On a parasite found in the white corpuscles of the blood of palm squirrels - Number 24
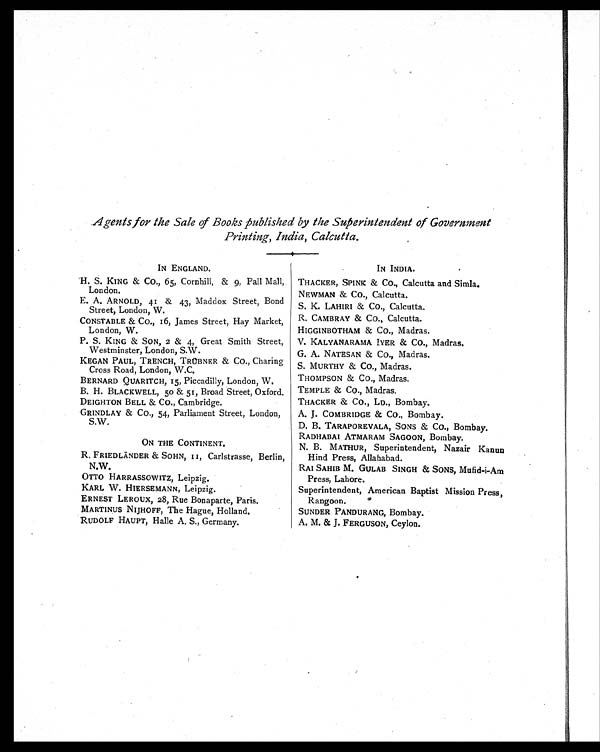
Agents for the Sale of Books published by the Superintendent of Government
Printing, India, Calcutta.
IN ENGLAND.
IN INDIA.
H. S. KING & CO., 65, Cornhill, & 9, Pall Mall,
London.
THACKER, SPINK & CO., Calcutta and Simla.
NEWMAN & CO., Calcutta.
E. A. ARNOLD, 41 & 43, Maddox Street, Bond
Street, London, W.
S. K. LAHIRI & C O . , C a l c u t t a .
CONSTABLE & CO., 16, James Street, Hay Market,
London, W.
R. CAMBRAY & CO., Calcutta.
HIGGINBOTHAM & CO., Madras.
P. S. KING & SON, 2 & 4, Great Smith Street,
Westminster, London, S.W.
V. KALYANARAMA IYER & CO., Madras.
G. A. NATESAN & CO., Madras.
KEGAN PAUL, TRENCH, TRÜBNER & CO., Charing
Cross Road, London, W.C.
S. M URTHY & C O . , M a d r a s .
BERNARD QUARITCH, 15, Piccadilly, London, W.
THOMPSON & CO., Madras.
B. H. BLACKWELL, 50 & 51, Broad Street, Oxford.
TEMPLE & CO., Madras.
DEIGHTON BELL & CO., Cambridge.
THACKER & CO., LD., Bombay.
GRINDLAY & CO., 54, Parliament Street, London,
S.W.
A. J. COMBRIDGE & CO., Bombay.
D. B. TARAPOREVALA, SONS & CO., Bombay.
ON THE CONTINENT.
RADHABAI ATMARAM SAGOON, Bombay.
N. B. MATHUR, Superintendent, Nazair Kanun
Hind Press, Allahabad.
R. FRIEDLÄNDER & SOHN, 11, Carlstrasse, Berlin,
N.W.
RAI SAHIB M. GULAB SINGH & SONS, Mufid-i-Am
Press, Lahore.
OTTO HARRASSOWITZ, Leipzig.
KARL W. HIERSEMANN, Leipzig.
Superintendent, American Baptist Mission Press,
Rangoon.
ERNEST LEROUX, 28, Rue Bonaparte, Paris.
MARTINUS NIJHOFF, The Hague, Holland.
SUNDER PANDURANG, Bombay.
RUDOLF HAUPT, Halle A. S., Germany.
A. M. & J. FERGUSON, Ceylon.